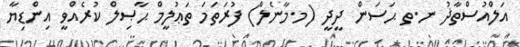
އަލްއުސްތާޛު ނ.ތ ޙަސަން ދީދީ (މ.މާނެލް) ފުރަތަމަ ތަޢުލީމް ޙާޞިލް ކުރެއްވީ އިންޑިޔާ